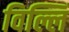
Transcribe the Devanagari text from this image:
विल्लिं